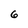
Character: 6